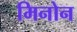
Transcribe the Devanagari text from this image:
मिनोन